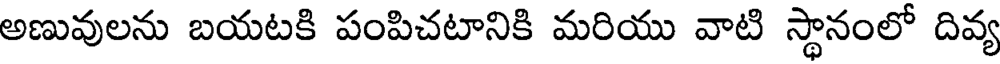
అణువులను బయటకి పంపిచటానికి మరియు వాటి స్థానంలో దివ్య